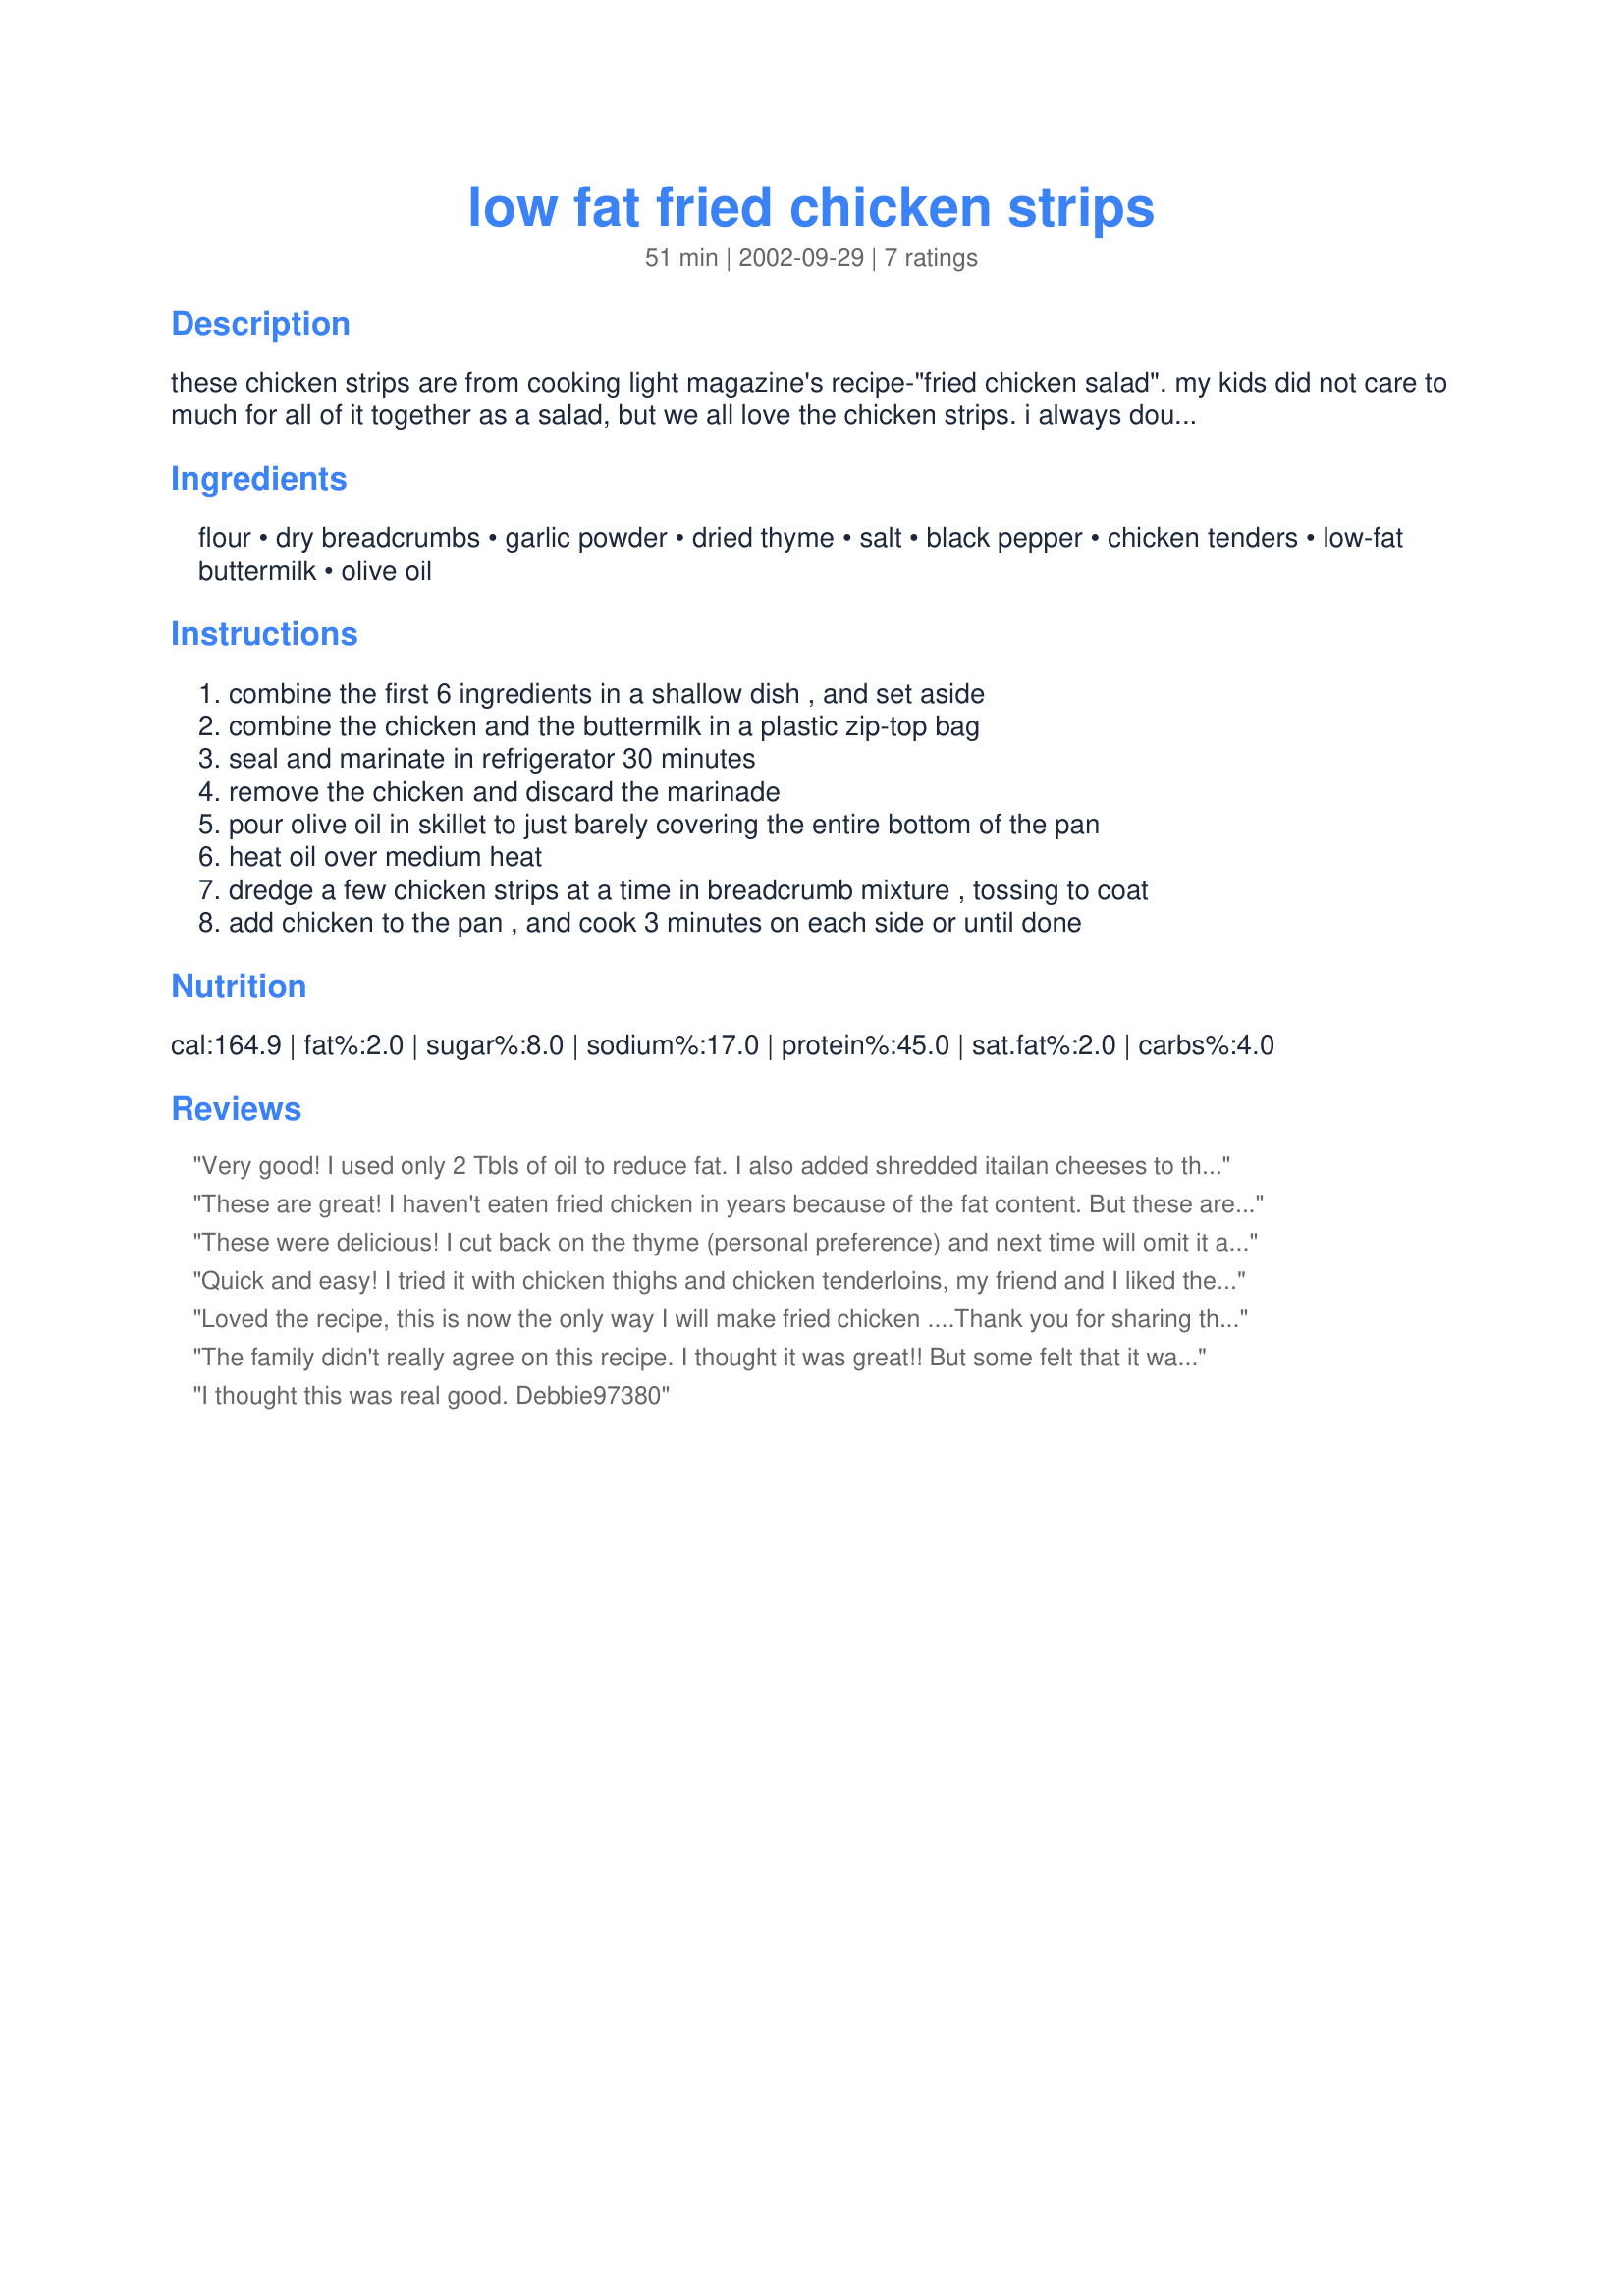
low fat fried chicken strips
Preparation time: 51 minutes

these chicken strips are from cooking light magazine's recipe-"fried chicken salad". my kids did not care to much for all of it together as a salad, but we all love the chicken strips. i always double the recipe and freeze half for another time. they are simply delicious. i won't buy another pre-frozen manufactured chicken nugget or strip again.

Ingredients:
flour, dry breadcrumbs, garlic powder, dried thyme, salt, black pepper, chicken tenders, low-fat buttermilk, olive oil

Steps:
combine the first 6 ingredients in a shallow dish , and set aside, combine the chicken and the buttermilk in a plastic zip-top bag, seal and marinate in refrigerator 30 minutes, remove the chicken and discard the marinade, pour olive oil in skillet to just barely covering the entire bottom of the pan, heat oil over medium heat, dredge a few chicken strips at a time in breadcrumb mixture , tossing to coat, add chicken to the pan , and cook 3 minutes on each side or until done

Reviews:
Very good! I used only 2 Tbls of oil to reduce fat. I also added shredded itailan cheeses to the crust mix to add to the flavor. All of the spices really gave this a zing! I will prepare this again!
These are great! I haven't eaten fried chicken in years because of the fat content. But these are fried in such a small amount of oil and have such a great flavor that now I can eat it again. I didn't have buttermilk so I used beaten eggs, and added a bit more salt. Even my husband, who eats good old fashioned fried chicken liked these. Thanks!
These were delicious! I cut back on the thyme (personal preference) and next time will omit it altogether. I think I might substitute oregano or basil instead. I didn't have tenders so I just cut breasts into strips. It worked great--they were moist and tender. Thanks for a great low fat version with full fat taste.
Quick and easy! I tried it with chicken thighs and chicken tenderloins, my friend and I liked the tenderloins better. Great flavor freshly made as well as cold leftovers.
Loved the recipe, this is now the only way I will make fried chicken ....Thank you for sharing the recipe!
The family didn't really agree on this recipe. I thought it was great!! But some felt that it was a bit bland. I can understand for those that don't like thyme, they may want to cut back on the thyme or eliminate it completely (but you really should substitute it with something because I fear without the thyme it would be a bit bland). For those that like thyme, like me, this is fabulous!! Thank you so much for sharing this great low fat recipe. I will make again, and will try variations on the spices to see what I can get that the entire family enjoys!
I thought this was real good.

Debbie97380
